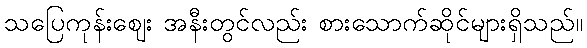
သပြေကုန်းဈေး အနီးတွင်လည်း စားသောက်ဆိုင်များရှိသည်။